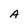
Character: A